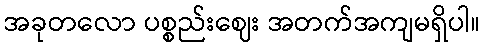
အခုတလော ပစ္စည်းဈေး အတက်အကျမရှိပါ။